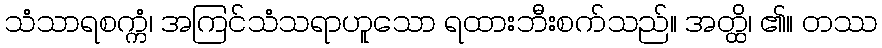
သံသာရစက္ကံ၊ အကြင်သံသရာဟူသော ရထားဘီးစက်သည်။ အတ္ထိ၊ ၏။ တဿ